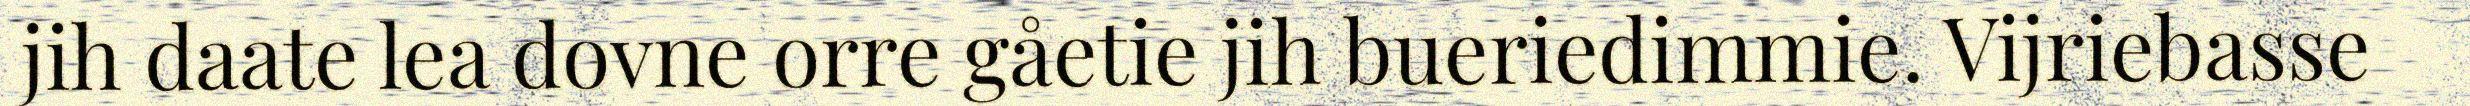
jih daate lea dovne orre gåetie jih bueriedimmie. Vijriebasse